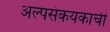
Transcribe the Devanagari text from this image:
अल्पसंकयकाची